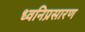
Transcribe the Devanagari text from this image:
ध्वनिप्रसारण